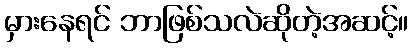
မှားနေရင် ဘာဖြစ်သလဲဆိုတဲ့အဆင့်။